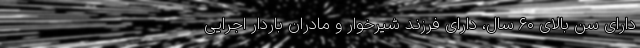
دارای سن بالای ۶۰ سال، دارای فرزند شیرخوار و مادران باردار اجرایی